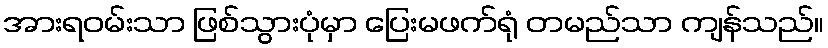
အားရဝမ်းသာ ဖြစ်သွားပုံမှာ ပြေးမဖက်ရုံ တမည်သာ ကျန်သည်။